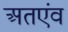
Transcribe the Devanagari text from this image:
अतएंव